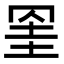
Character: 𦊱